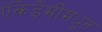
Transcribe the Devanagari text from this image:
ऍकेडेमीमधून